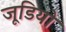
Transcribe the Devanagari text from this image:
जूडियो